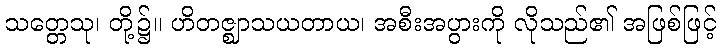
သတ္တေသု၊ တို့၌။ ဟိတဇ္ဈာသယတာယ၊ အစီးအပွားကို လိုသည်၏ အဖြစ်ဖြင့်